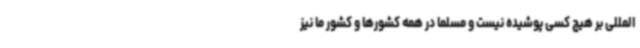
المللی بر هیچ کسی پوشیده نیست و مسلما در همه کشورها و کشور ما نیز